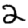
Digit: 2